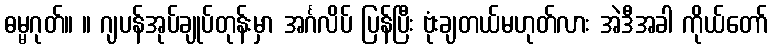
ဓမ္မဂုတ်။ ။ ဂျပန်အုပ်ချုပ်တုန်းမှာ အင်္ဂလိပ် ပြန်ပြီး ဗုံးချတယ်မဟုတ်လား အဲဒီအခါ ကိုယ်တော်